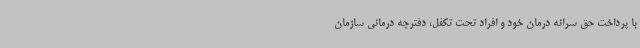
با پرداخت حق سرانه درمان خود و افراد تحت تکفل، دفترچه درمانی سازمان